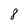
Character: 8